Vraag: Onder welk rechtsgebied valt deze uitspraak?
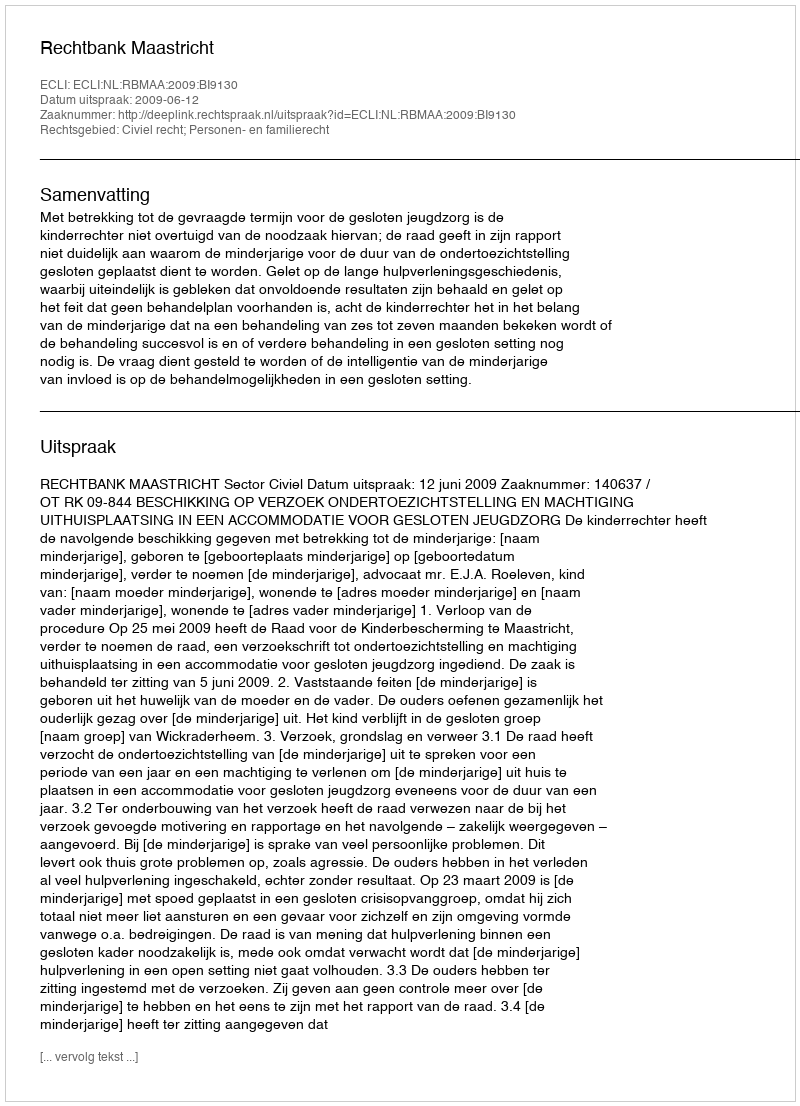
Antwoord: Civiel recht; Personen- en familierecht